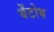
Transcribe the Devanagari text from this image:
येंटोब